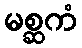
မစ္ဆကံ